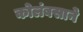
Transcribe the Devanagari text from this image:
कोलंबसाने